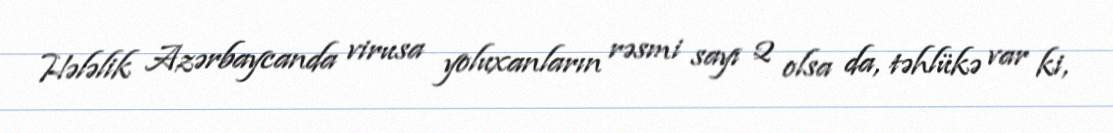
Hələlik Azərbaycanda virusa yoluxanların rəsmi sayı 2 olsa da, təhlükə var ki,